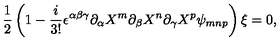
\frac { 1 } { 2 } \left( 1 - \frac { i } { 3 ! } \epsilon ^ { \alpha \beta \gamma } \partial _ { \alpha } X ^ { m } \partial _ { \beta } X ^ { n } \partial _ { \gamma } X ^ { p } \psi _ { m n p } \right) \xi = 0 ,